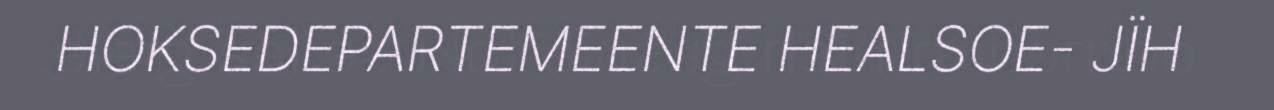
HOKSEDEPARTEMEENTE HEALSOE- JÏH